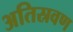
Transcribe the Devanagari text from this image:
अतिस्रवण